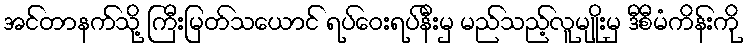
အင်တာနက်သို့ ကြီးမြတ်သယောင် ရပ်ဝေးရပ်နီးမှ မည်သည့်လူမျိုးမှ ဒီစီမံကိန်းကို